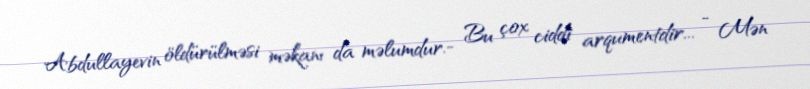
Abdullayevin öldürülməsi məkanı da məlumdur.- Bu çox ciddi arqumentdir... - Mən